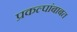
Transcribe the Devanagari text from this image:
प्रकल्पांबाबत